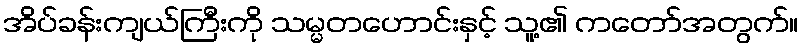
အိပ်ခန်းကျယ်ကြီးကို သမ္မတဟောင်းနှင့် သူ့၏ ကတော်အတွက်။